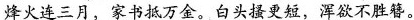
烽火连三月，家书抵万金。白头搔更短，浑欲不胜簪。